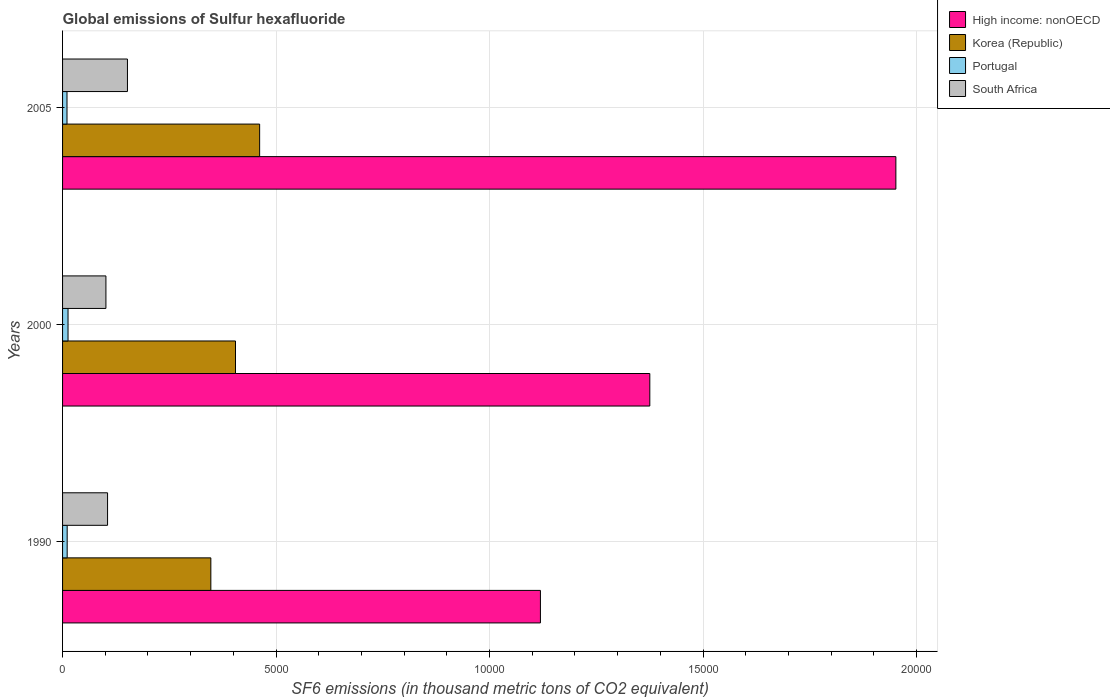
| Years | High income: nonOECD | Korea (Republic) | Portugal | South Africa |
 | --- | --- | --- | --- | --- |
 | 1990 | 1.12e+04 | 3.47e+03 | 108 | 1.05e+03 |
 | 2000 | 1.38e+04 | 4.05e+03 | 128 | 1.02e+03 |
 | 2005 | 1.95e+04 | 4.62e+03 | 104 | 1.52e+03 |